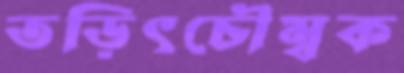
তড়িৎচৌম্বক